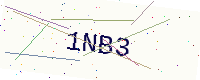
Text: 1NB3